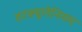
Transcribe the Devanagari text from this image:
हरक्यूलेनियम